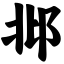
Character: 邶